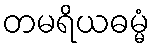
တမရိယဓမ္မံ